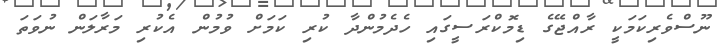
ނޫސްވެރިކަމަކީ ރާއްޖޭގެ ޑިމޮކްރަސީގައި ހެދެމުންދާ ކުރި ކަމަށް ވުމުން އެކުރި މަރާލަން ނުވަތަ